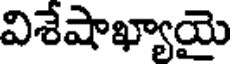
విశేషాఖ్యాయై